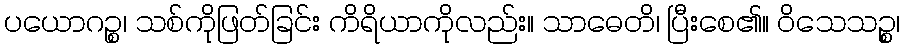
ပယောဂဉ္စ၊ သစ်ကိုဖြတ်ခြင်း ကိရိယာကိုလည်း။ သာဓေတိ၊ ပြီးစေ၏။ ဝိသေသဉ္စ၊